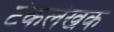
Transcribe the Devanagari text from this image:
टंकलेखक